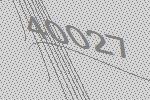
40027